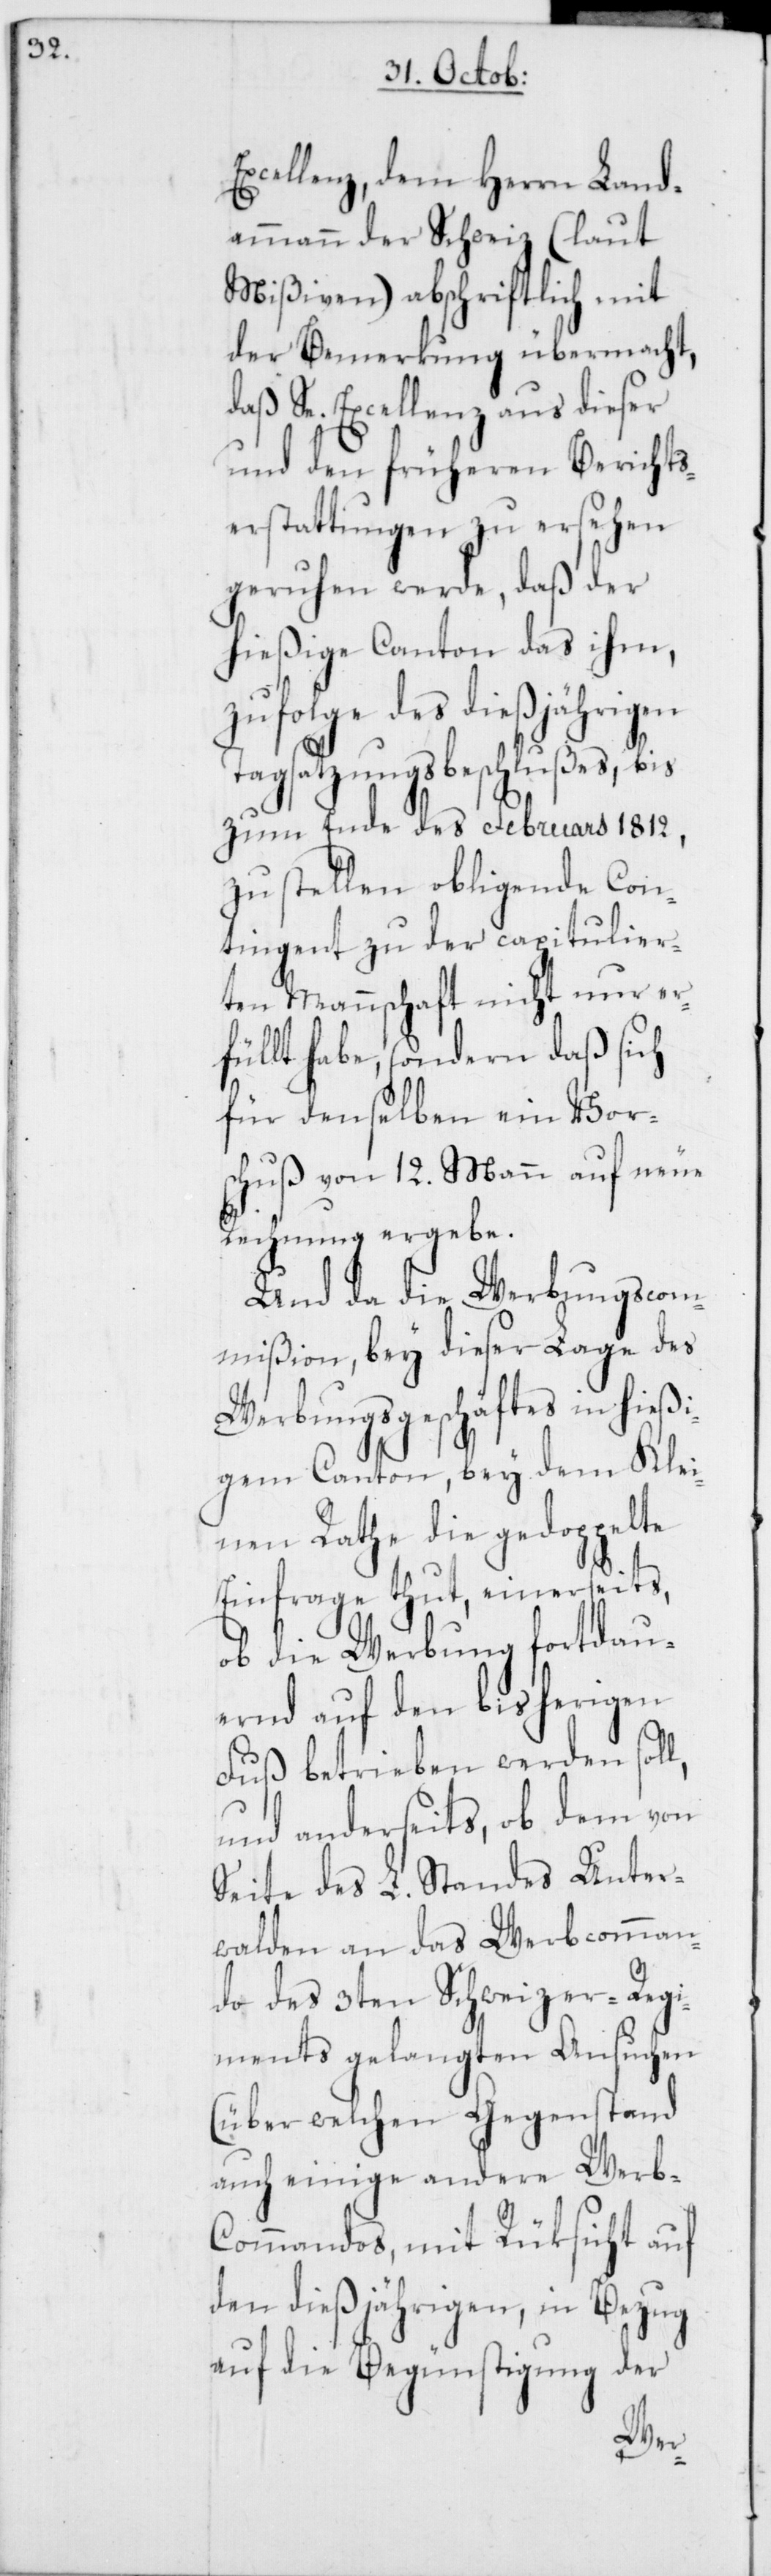
Excellenz, dem Herrn Land¬
ammann der Schweiz (laut
Mißiven) abschriftlich mit
der Bemerkung übermacht,
daß Se. Excellenz aus dieser
und den früheren Berichts¬
erstattungen zu ersehen
geruhen werde, daß der
hießige Canton das ihm,
zufolge des dießjährigen
Tagsatzungsbeschlußes, bis
zum Ende des Februars 1812,
zu stellen obligende Con¬
tingent zu der capitulier¬
ten Mannschaft nicht nur er¬
füllt habe, sondern daß sich
für denselben ein Vor¬
schuß von 12. Mann auf neue
Rechnung ergebe.
Und da die Werbungscom¬
mißion, bey dieser Lage des
Werbungsgeschäfts in hieß¬
igem Canton, bey dem Klei¬
nen Rathe die gedoppelte
Einfrage thut, einerseits,
ob die Werbung fortdau¬
ernd auf den bisherigen
Fuß betrieben werden soll,
und anderseits, ob dem von
Seite des L. Standes Unter¬
walden an das Werbcomman¬
do des 3ten Schweizer-Regi¬
ments gelangten Ansuchen
(über welchen Gegenstand
auch einige andere Werb-C¬
ommandos, mit Rüksicht auf
den dießjährigen, in Bezug
auf die Begünstigung der